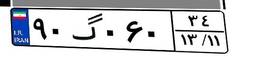
۹۵گ۹۲۴۴۸